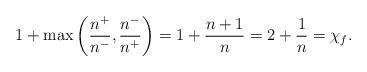
LaTeX: \begin{align*}1 + \max\left(\frac{n^+}{n^-} , \frac{n^-}{n^+}\right) = 1 + \frac{n+1}{n} = 2 + \frac{1}{n} = \chi_f.\end{align*}